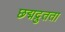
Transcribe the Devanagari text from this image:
छद्मद्रुतता